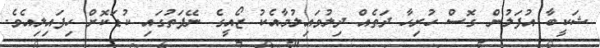
ޝަކީބާ އުފަލުން ގޮސް ހުރިހާ ދަތެއް ދިލުވައިލުމާއެކު ޒޯއީގެ ނޭފަތުގައި ކުޑަކޮށް ހިފައިލިއެވެ.